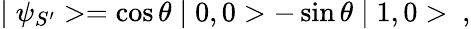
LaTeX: \mid\psi_{S^{\prime}}>=\cos\theta\mid 0,0>-\sin\theta\mid 1,0>\ ,